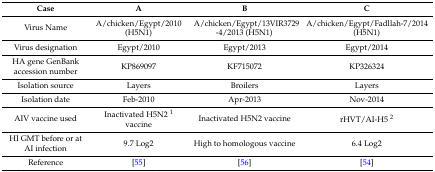
<table><thead><tr><td><b>Case</b></td><td><b>A</b></td><td><b>B</b></td><td><b>C</b></td></tr></thead><tbody><tr><td>Virus Name</td><td>A/chicken/Egypt/2010 (H5N1)</td><td>A/chicken/Egypt/13VIR3729-4/2013 (H5N1)</td><td>A/chicken/Egypt/Fadllah-7/2014 (H5N1)</td></tr><tr><td>Virus designation</td><td>Egypt/2010</td><td>Egypt/2013</td><td>Egypt/2014</td></tr><tr><td>HA gene GenBank accession number</td><td>KP869097</td><td>KF715072</td><td>KP326324</td></tr><tr><td>Isolation source</td><td>Layers</td><td>Broilers</td><td>Layers</td></tr><tr><td>Isolation date</td><td>Feb-2010</td><td>Apr-2013</td><td>Nov-2014</td></tr><tr><td>AIV vaccine used</td><td>Inactivated H5N2 <sup>1</sup> vaccine</td><td>Inactivated H5N2 vaccine</td><td>rHVT/AI-H5 <sup>2</sup></td></tr><tr><td>HI GMT before or at AI infection</td><td>9.7 Log2</td><td>High to homologous vaccine</td><td>6.4 Log2</td></tr><tr><td>Reference</td><td>[55]</td><td>[56]</td><td>[54]</td></tr></tbody></table>